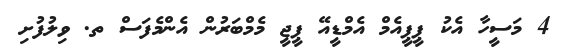
4 މަސީހާ އެކު ޕީޕީއެމް އެމްޑީއޭ ޕީޖީ މެމްބަރުން އެންމެފަސް ތ. ވިލުފުށި